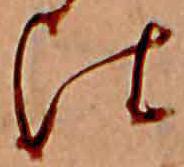
比